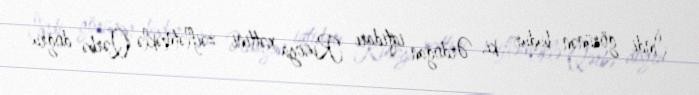
İndi görünən budur ki, Ərdoğan iqtidarı Rusiya xəttini zəiflətməklə Qərbə doğru